Civil Veterinary Department Bihar & Orissa reports 1922-29 - 1922-1929
Year: 1922
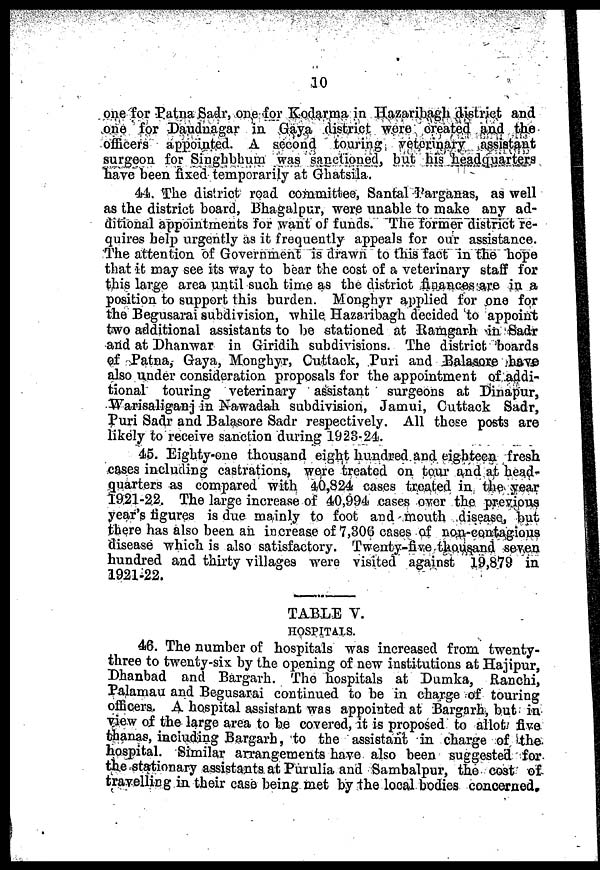
10
one for Patna Sadr, one for Kodarma in Hazaribagh district and
one for Daudnagar in Gaya district were created and the
officers appointed. A second touring veterinary assistant
surgeon for Singhbhum was sanctioned, but his headquarters
have been fixed temporarily at Ghatsila.
44. The district road committee, Santal Parganas, as well
as the district board, Bhagalpur, were unable to make any ad-
ditional appointments for want of funds. The former district re-
quires help urgently as it frequently appeals for our assistance.
The attention of Government is drawn to this fact in the hope
that it may see its way to bear the cost of a veterinary staff for
this large area until such time as the district finances are in a
position to support this burden. Monghyr applied for one for
the Begusarai subdivision, while Hazaribagh decided to appoint
two additional assistants to be stationed at Ramgarh in Sadr
and at Dhanwar in Giridih subdivisions. The district boards
of Patna, Gaya, Monghyr, Cuttack, Puri and Balasore have
also under consideration proposals for the appointment of addi-
tional touring veterinary assistant surgeons at Dinapur,
Warisaliganj in Nawadah subdivision, Jamui, Cuttack Sadr,
Puri Sadr and Balasore Sadr respectively. All those posts are
likely to receive sanction during 1923-24.
45. Eighty-one thousand eight hundred and eighteen fresh
cases including castrations, were treated on tour and at head-
quarters as compared with 40,824 cases treated in the year
1921-22. The large increase of 40,994 cases over the previous
year's figures is due mainly to foot and mouth disease, but
there has also been an increase of 7,306 cases of non-contagious
disease which is also satisfactory. Twenty-five thousand seven
hundred and thirty villages were visited against 19,879 in
1921-22.
TABLE V.
HOSPITALS.
46. The number of hospitals was increased from twenty-
three to twenty-six by the opening of new institutions at Hajipur,
Dhanbad and Bargarh. The hospitals at Dumka, Ranchi,
Palamau and Begusarai continued to be in charge of touring
officers. A hospital assistant was appointed at Bargarh, but in
view of the large area to be covered, it is proposed to allot five
thanas, including Bargarh, to the assistant in charge of the
hospital. Similar arrangements have also been suggested for
the stationary assistants at Purulia and Sambalpur, the cost of
travelling in their case being met by the local bodies concerned.